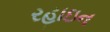
રહાઇન